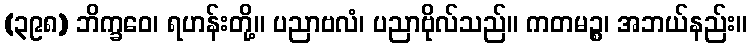
(၃၉၈) ဘိက္ခဝေ၊ ရဟန်းတို့။ ပညာဗလံ၊ ပညာဗိုလ်သည်။ ကတမဉ္စ၊ အဘယ်နည်း။